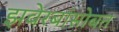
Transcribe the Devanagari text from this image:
झवेरबांसोबत